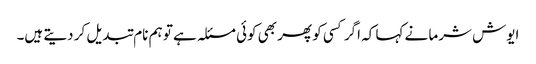
ایوش شرما نے کہا کہ اگر کسی کو پھر بھی کوئی مسئلہ ہے تو ہم نام تبدیل کر دیتے ہیں۔